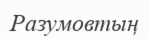
Разумовтың